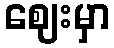
ဈေးမှာ